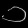
Digit: ၁